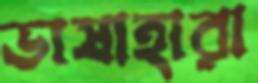
ভাষাহারা